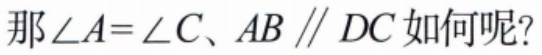
那\(\angle A = \angle C\)、\(AB \parallel DC\)如何呢？